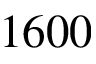
1 6 0 0